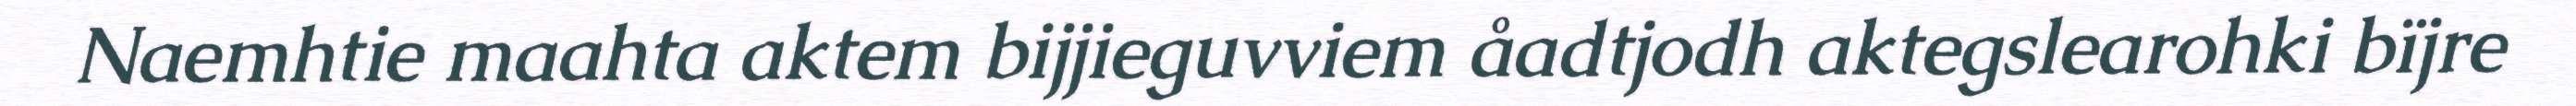
Naemhtie maahta aktem bijjieguvviem åadtjodh aktegslearohki bïjre